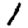
Digit: 1